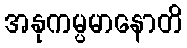
အနုကမ္ပမာနောတိ